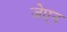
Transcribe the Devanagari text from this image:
जेएन